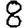
Digit: 8